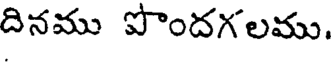
దినము పొందగలము.